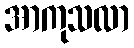
အာကုသလာ